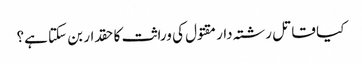
کیا قاتل رشتہ دار مقتول کی وراثت کا حقدار بن سکتا ہے؟